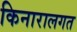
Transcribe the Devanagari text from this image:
किनारालगत